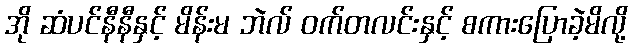
အို ဆံပင်နီနီနှင့် မိန်းမ ဘဲလ် ဝက်တလင်းနှင့် စကားပြောခဲ့မိလို့